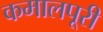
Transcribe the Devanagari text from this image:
कमालपूरी